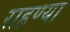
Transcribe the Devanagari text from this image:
राहण्या